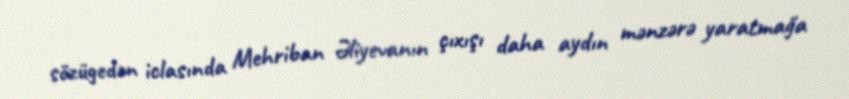
sözügedən iclasında Mehriban Əliyevanın çıxışı daha aydın mənzərə yaratmağa